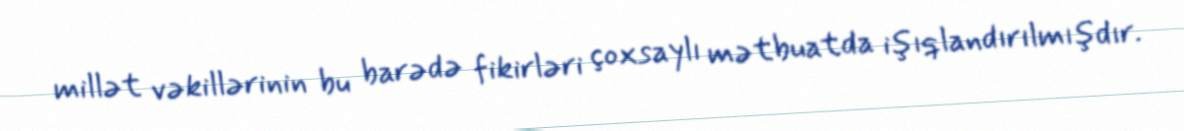
millət vəkillərinin bu barədə fikirləri çoxsaylı mətbuatda işıqlandırılmışdır.